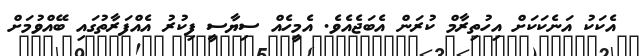
އެކަކު އަނެކަކަށް އިހުތިރާމް ކުރަން އެބަޖެއެވެ. އެމީހެއް ސިޔާސީ ފިކުރު އެއްފަރާތުގައި ބޭއްވުމަށް